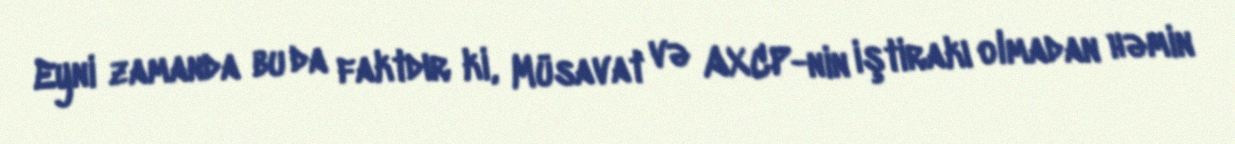
Eyni zamanda bu da faktdır ki, Müsavat və AXCP-nin iştirakı olmadan həmin